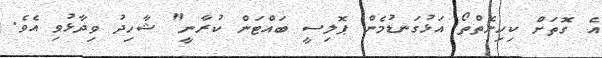
އެ ގޮތަށް ކިހިނެތްތޯ އަޅުގަނޑުމެން ޕޮލިސީ ބައްޓަން ކުރާނީ" ޝާހިދު ވިދާޅުވި އެވެ.